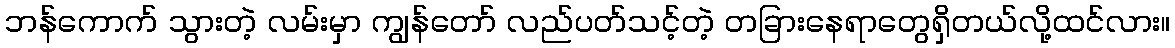
ဘန်ကောက် သွားတဲ့ လမ်းမှာ ကျွန်တော် လည်ပတ်သင့်တဲ့ တခြားနေရာတွေရှိတယ်လို့ထင်လား။